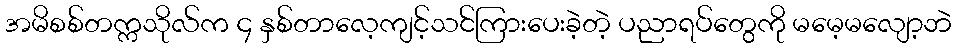
အမိစစ်တက္ကသိုလ်က ၄ နှစ်တာလေ့ကျင့်သင်ကြားပေးခဲ့တဲ့ ပညာရပ်တွေကို မမေ့မလျော့ဘဲ